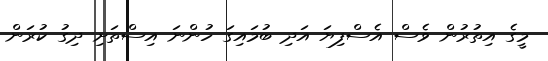
މީގެ އިތުރުން ވެސް އެސްފިޔަ އަދި ބުމައިގަ ހުންނަ އިސްތަށި ދިގު ކުރަން